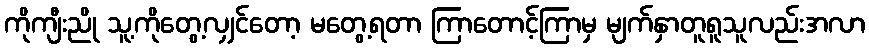
ကိုကျီးညို သူ့ကိုတွေ့လျှင်တော့ မတွေ့ရတာ ကြာတောင့်ကြာမှ မျက်နှာတူရူသူလည်းအလာ